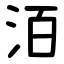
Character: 洦